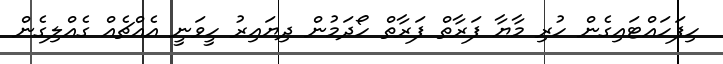
ހިފަހައްޓައިގެން ހުރި މާޔާ ފަރާތް ފަރާތް ހޯދަމުން ދިޔައިރު ހީވަނީ އެއްޗެއް ގެއްލިގެން